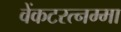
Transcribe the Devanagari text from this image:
वेंकटरत्नम्मा